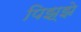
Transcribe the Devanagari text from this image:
पिझ्झे